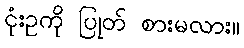
ငုံးဥကို ပြုတ် စားမလား။